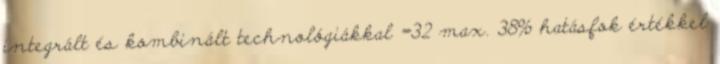
integrált és kombinált technológiákkal =32 max. 38% hatásfok értékkel